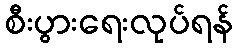
စီးပွားရေးလုပ်ရန်